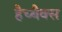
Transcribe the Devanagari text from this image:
हैच्बैक्स